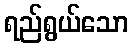
ရည်ရွယ်သော